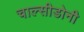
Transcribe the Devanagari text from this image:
चाल्सीडोनी